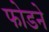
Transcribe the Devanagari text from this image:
फोडने